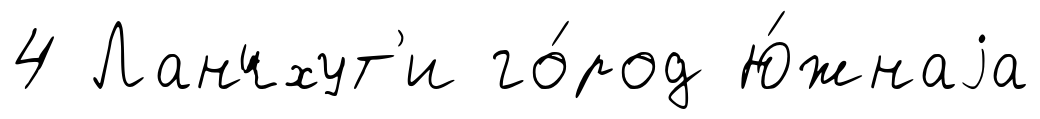
4 Ланчхут'и го́род Ю́жнаjа